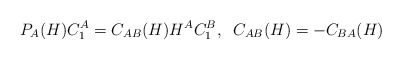
\begin{align*}P_A(H) C^A_1 = C_{AB}(H) H^A C^B_1, \; \;C_{AB}(H) = - C_{BA}(H)\end{align*}